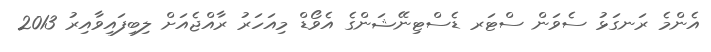
އެންމެ ރަނގަޅު ސެވަން ސްޓަރ ޑެސްޓިނޭޝަންގެ އެވޯޑް މިއަހަރު ރާއްޖެއަށް ލިބިފައިވާއިރު 2013